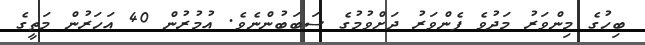
ބިހުގެ މިންވަރު މަދުވެ ފެންވަރު ދަށްވުމުގެ ސަބަބުންނެވެ. އުމުރުން 40 އަހަރުން މަތީގެ